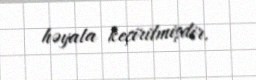
həyata keçirilmişdir.